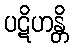
ပဋိဟန္တိ